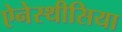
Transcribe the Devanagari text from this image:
ऐनेस्थीसिया